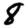
Digit: 8